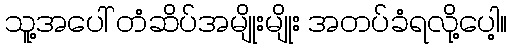
သူ့အပေါ် တံဆိပ်အမျိုးမျိုး အတပ်ခံရလို့ပေါ့။